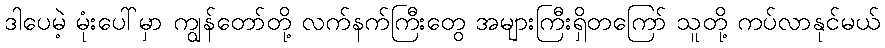
ဒါပေမဲ့ မုံးပေါ်မှာ ကျွန်တော်တို့ လက်နက်ကြီးတွေ အများကြီးရှိတကြော် သူတို့ ကပ်လာနုင်မယ်